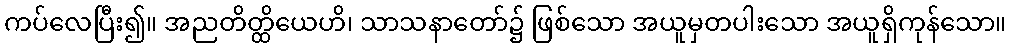
ကပ်လေပြီး၍။ အညတိတ္ထိယေဟိ၊ သာသနာတော်၌ ဖြစ်သော အယူမှတပါးသော အယူရှိကုန်သော။